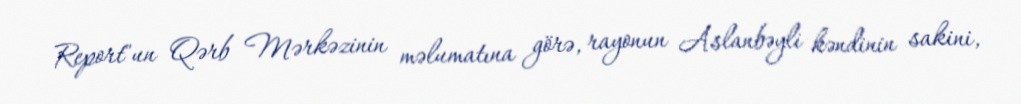
Report"un Qərb Mərkəzinin məlumatına görə, rayonun Aslanbəyli kəndinin sakini,